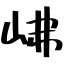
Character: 𡶒